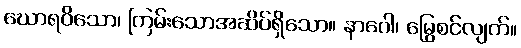
ဃောရဝိသော၊ ကြမ်းသောအဆိပ်ရှိသော။ နာဂေါ၊ မြွေစင်လျက်။